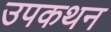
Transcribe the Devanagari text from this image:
उपकथन